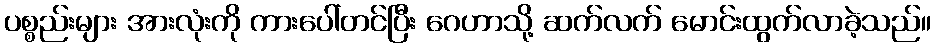
ပစ္စည်းများ အားလုံးကို ကားပေါ်တင်ပြီး ဂေဟာသို့ ဆက်လက် မောင်းထွက်လာခဲ့သည်။